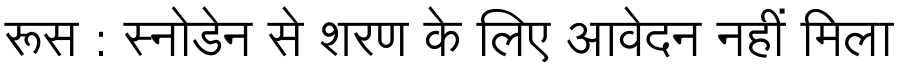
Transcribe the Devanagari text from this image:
रूस : स्नोडेन से शरण के लिए आवेदन नहीं मिला